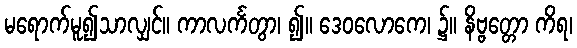
မရောက်မူ၍သာလျှင်။ ကာလင်္ကတွာ၊ ၍။ ဒေဝလောကေ၊ ၌။ နိဗ္ဗတ္တော ကိရ၊